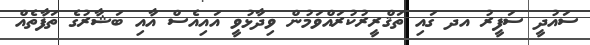
ސައުދީ ސަފީރު އދ ގައި ތަޤްރީރުކުރައްވަމުން ވިދާޅުވީ އައިއެސް އާއި ބަޝާރުގެ ތަފާތެއް